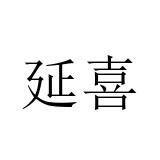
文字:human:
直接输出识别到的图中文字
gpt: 延喜